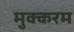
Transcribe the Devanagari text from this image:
मुक्करम